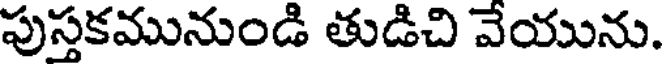
పుస్తకమునుండి తుడిచి వేయును.